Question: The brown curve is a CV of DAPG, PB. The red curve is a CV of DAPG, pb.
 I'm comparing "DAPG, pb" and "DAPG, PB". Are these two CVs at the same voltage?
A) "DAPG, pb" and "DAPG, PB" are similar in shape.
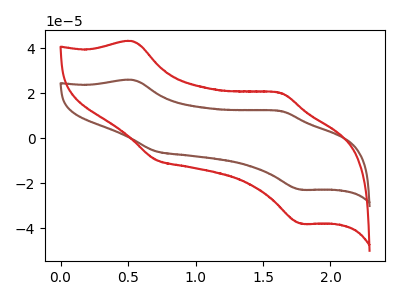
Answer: <think>The brown curve "DAPG, PB" has anodic peaks at (0.55V, 25.90uA) (1.65V, 12.15uA) and cathodic peaks at (0.70V, -5.70uA) (1.80V, -22.80uA). The red curve "DAPG, pb" has anodic peaks at (0.55V, 43.05uA) (1.65V, 20.25uA) and cathodic peaks at (0.70V, -9.50uA) (1.80V, -37.85uA).
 All the peaks in "DAPG, pb" have a peak in "DAPG, PB" at the same potential. Every peak in "DAPG, pb" is higher than every peak in "DAPG, PB".</think>
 <answer>A) "DAPG, pb" and "DAPG, PB" are similar in shape.</answer>
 <eval>A</eval>